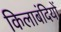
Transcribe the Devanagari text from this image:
किलाबंदियों